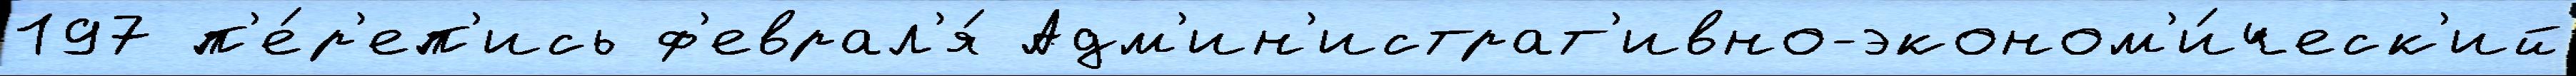
197 п'е́р'еп'ись ф'еврал'я́ Адм'ин'истрат'ивно-эконом'и́ческ'ий